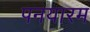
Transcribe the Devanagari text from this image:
पनयारम